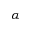
\alpha